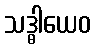
သဒ္ဓါယေဝ